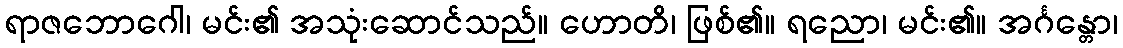
ရာဇဘောဂေါ၊ မင်း၏ အသုံးဆောင်သည်။ ဟောတိ၊ ဖြစ်၏။ ရညော၊ မင်း၏။ အင်္ဂန္တော၊